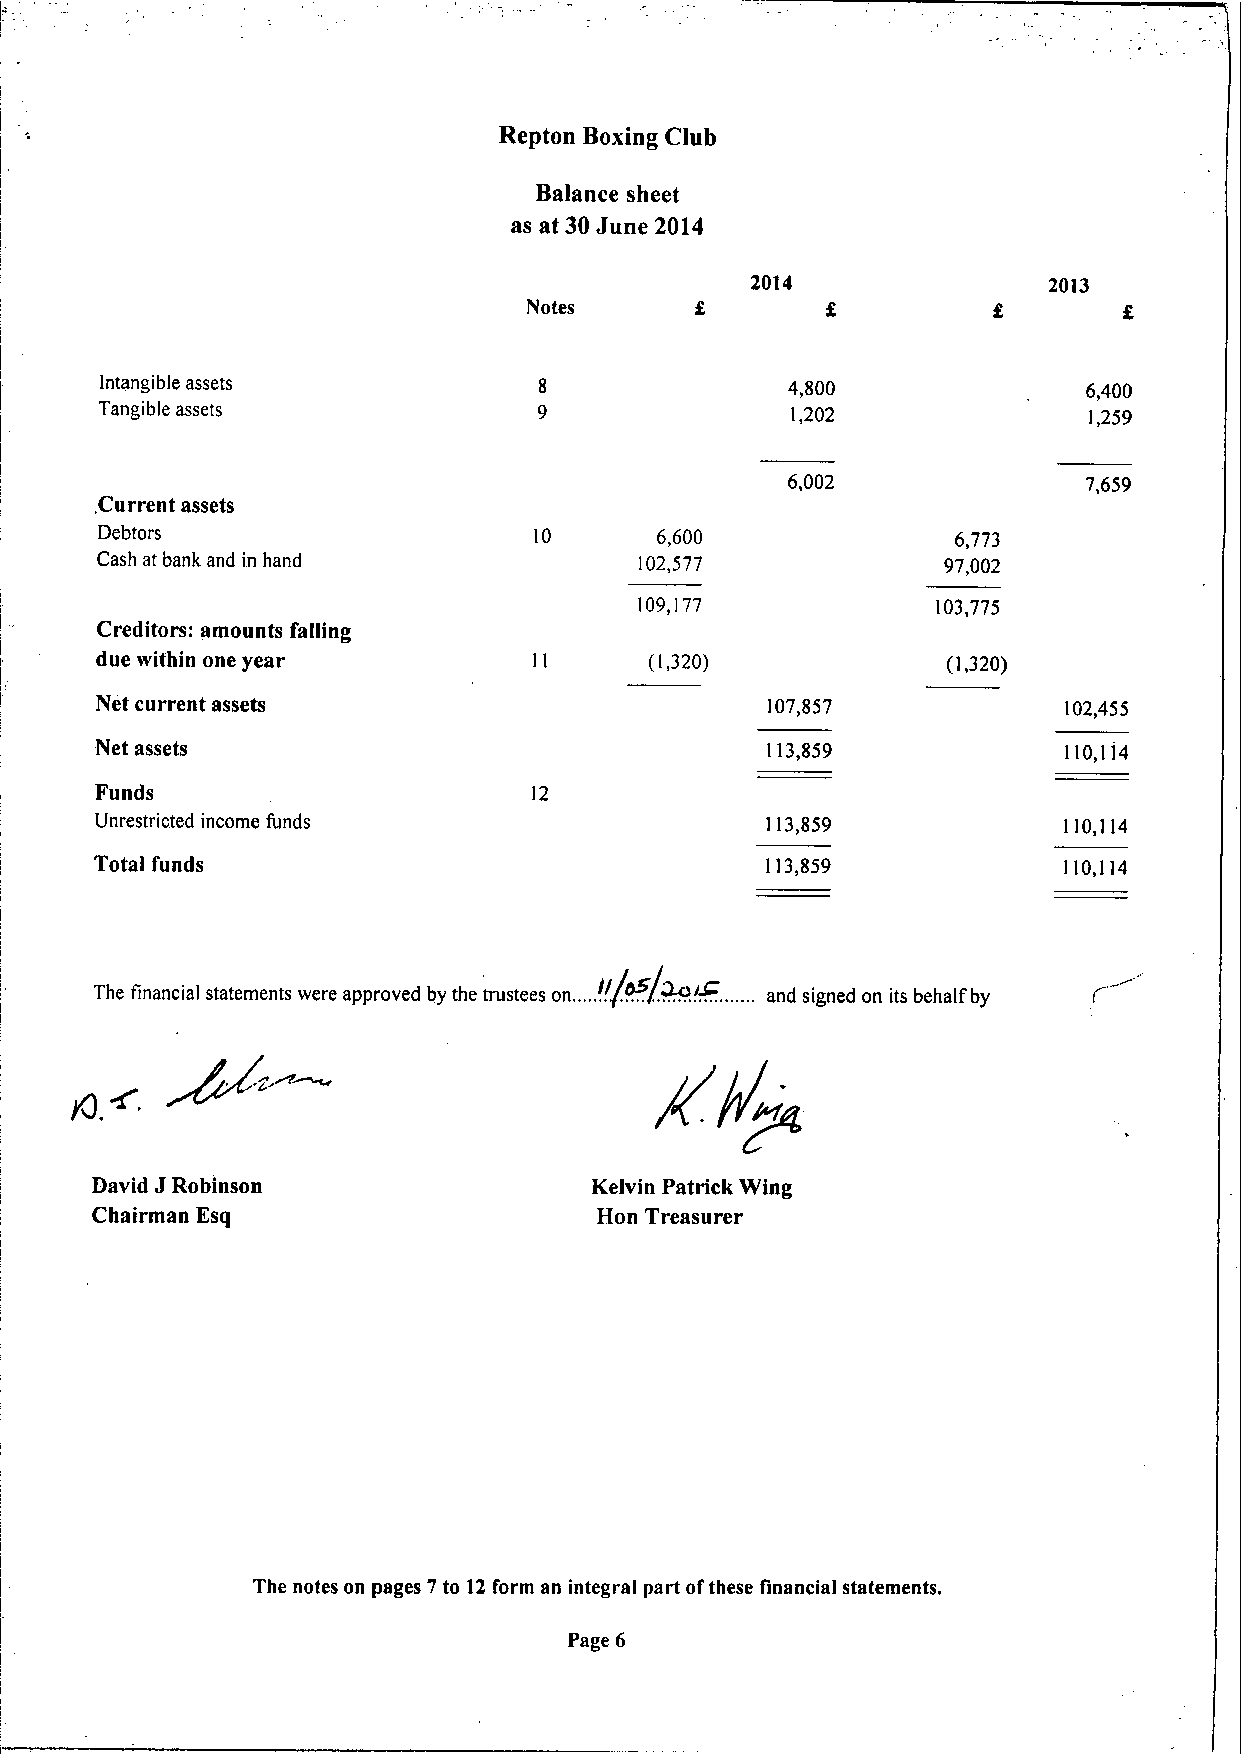
Repton Boxing Club
 Balance sheet
 as at 30June 2014
 2014               2013
 Notes
 Intangible assets                            4,800               6,400
 Tangible assets                              1,202               1,259
 6,002               7,659
 Current assets
 ,
 Debtors                      10      6,600               6,773
 Cash at bank and in hand            102,577             97,002
 109,177             103,775
 Creditors: amounts falling
 due within one year                  (1,320)             (1,320)
 Net current assets                           107,857            102,455
 Net assets                                   113,859            110,114
 Funds                        12
 Unrestricted income funds                    113,859            110,114
 Total funds                                  113,859            110,114
 !
 ~.
 k9!~.
 The financial statements were approved by the trustees on...... . . ...... and signed on its behalf by
 J
 David Robinson                   Kelvin Patrick Wing
 Chairman Esq                      Hon Treasurer
 The notes on pages 7to 12form an integral part ofthese financial statements.
 Page 6